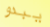
يبدو